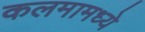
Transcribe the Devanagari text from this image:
कलमामध्ये